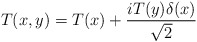
\begin{align*}T(x,y)=T(x)+\frac{iT(y)\delta(x)}{\sqrt{2}}\end{align*}